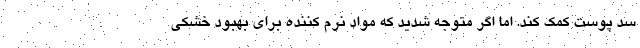
سد پوست کمک کند. اما اگر متوجه شدید که مواد نرم کننده برای بهبود خشکی